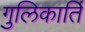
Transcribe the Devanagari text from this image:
गुलिकार्ति